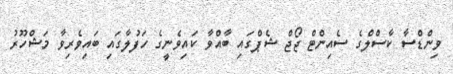
ވިންޑްސާ ކާސްލްގެ ސެއިންޓް ޖޯޖް ޝެޕްގައި ބާއްވާ ކައިވެނީގެ ހަފުލާގައި ބައިވެރިވާ މަޝްހޫރު